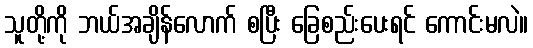
သူတို့ကို ဘယ်အချိန်လောက် စပြီး ခြေစည်းပေးရင် ကောင်းမလဲ။